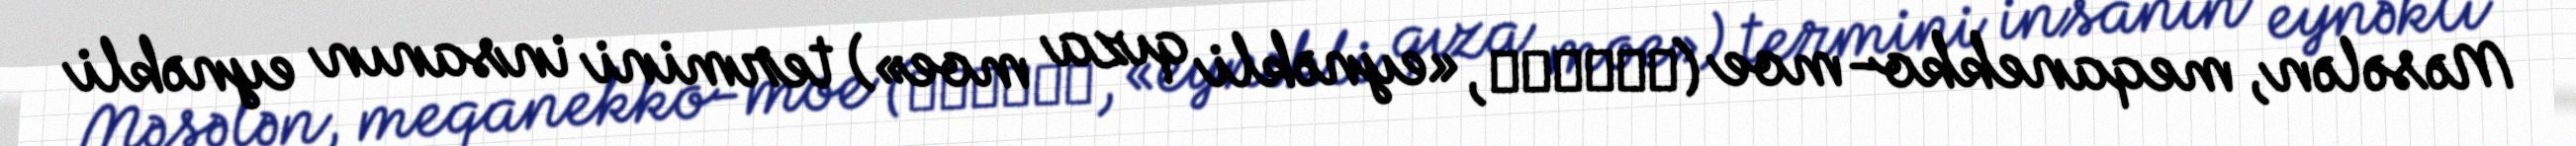
Məsələn, meqanekko-moe (眼鏡っ娘萌え, «eynəkli qıza moe») termini insanın eynəkli